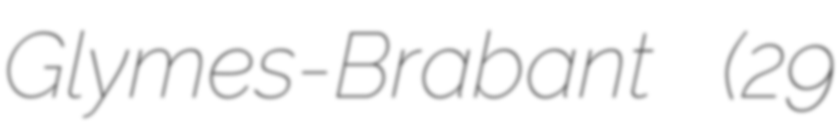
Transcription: Glymes-Brabant  (29